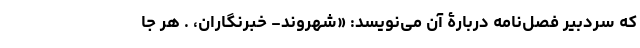
که سردبیر فصل‌نامه دربارۀ آن می‌نویسد: «شهروند- خبرنگاران، . هر جا